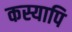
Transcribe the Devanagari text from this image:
कस्यापि